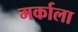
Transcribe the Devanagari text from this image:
मर्काला